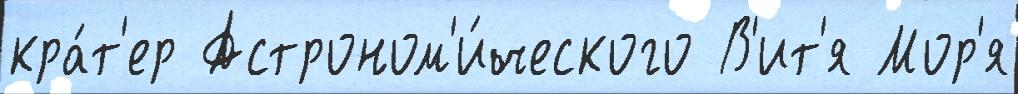
кра́т'ер Астроном'и́ческого В'ит'я Мор'я